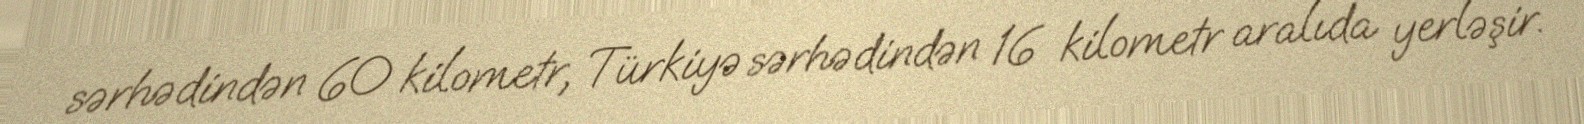
sərhədindən 60 kilometr, Türkiyə sərhədindən 16 kilometr aralıda yerləşir.